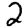
Digit: 2